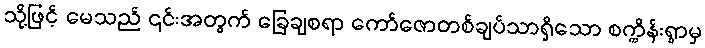
သို့ဖြင့် မေသည် ၎င်းအတွက် ခြေချစရာ ကော်ဇောတစ်ချပ်သာရှိသော စက္ကိန်းရွာမှ